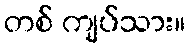
တစ် ကျပ်သား။